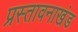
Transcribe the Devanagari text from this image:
प्रस्तावनाखंड